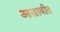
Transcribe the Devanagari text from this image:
आखावीत